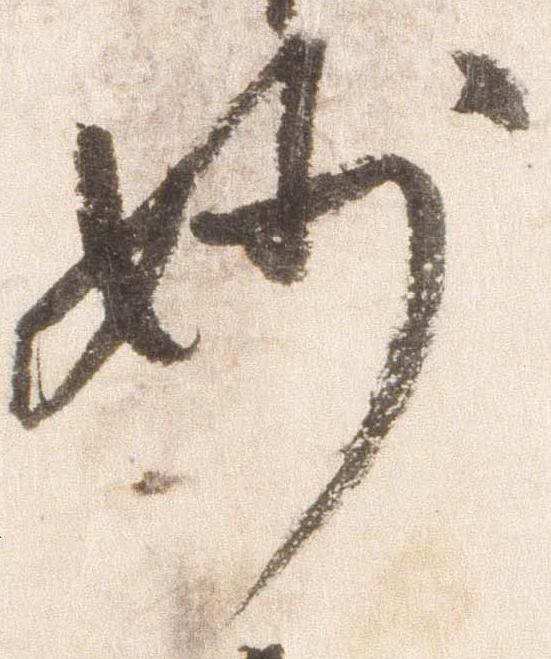
妙